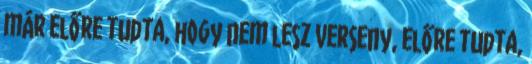
már előre tudta, hogy nem lesz verseny, előre tudta,